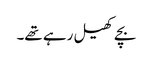
بچے کھیل رہے تھے۔